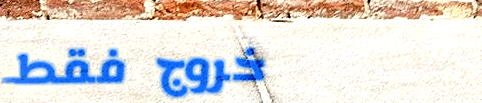
خروج فقط